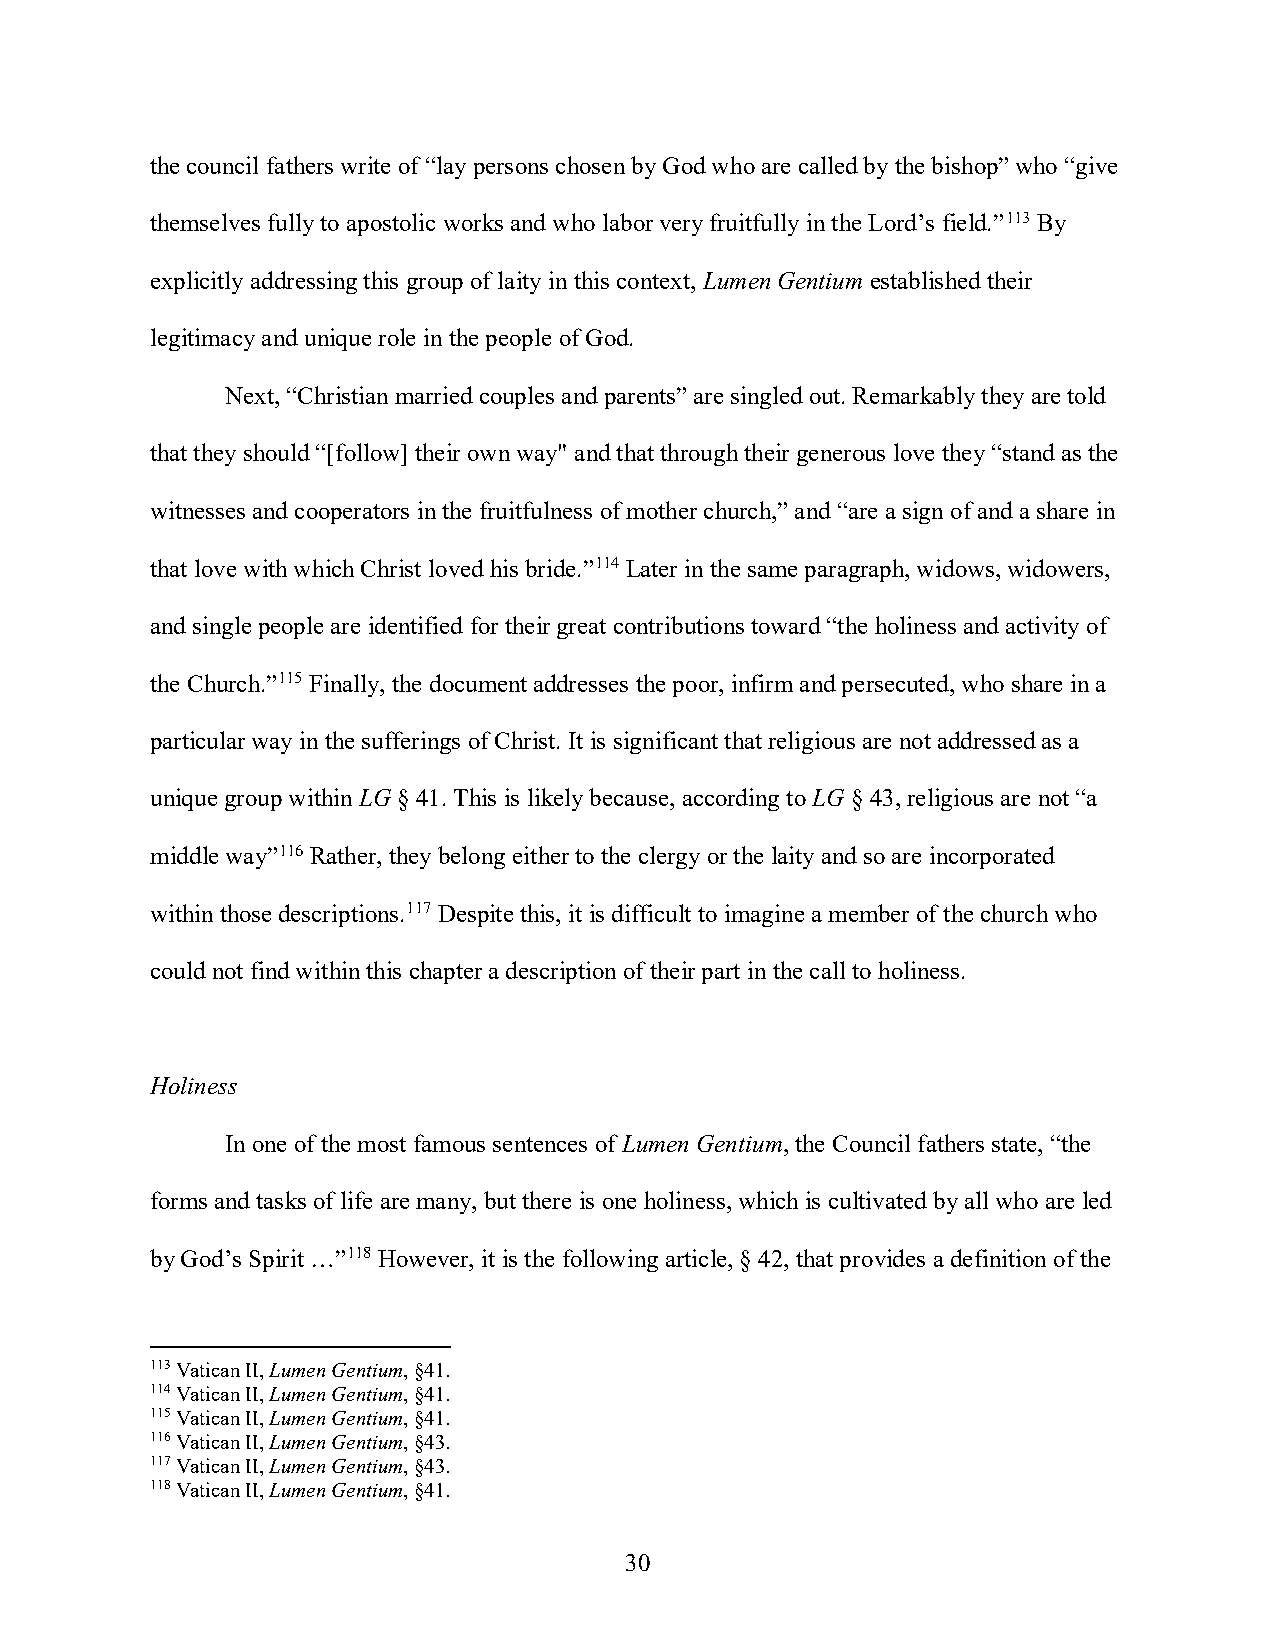
the council fathers write of “lay persons chosen by God who are called by the bishop” who “give
 themselves fully to apostolic works and who labor very fruitfully in the Lord’s field.”113 By
 explicitly addressing this group of laity in this context, Lumen Gentium established their
 legitimacy and unique role in the people of God.
 Next, “Christian married couples and parents” are singled out. Remarkably they are told
 that they should “[follow] their own way" and that through their generous love they “stand as the
 witnesses and cooperators in the fruitfulness of mother church,” and “are a sign of and a share in
 that love with which Christ loved his bride.”114 Later in the same paragraph, widows, widowers,
 and single people are identified for their great contributions toward “the holiness and activity of
 the Church.”115 Finally, the document addresses the poor, infirm and persecuted, who share in a
 particular way in the sufferings of Christ. It is significant that religious are not addressed as a
 unique group within LG § 41. This is likely because, according to LG § 43, religious are not “a
 middle way”116 Rather, they belong either to the clergy or the laity and so are incorporated
 within those descriptions.117 Despite this, it is difficult to imagine a member of the church who
 could not find within this chapter a description of their part in the call to holiness.
 Holiness
 In one of the most famous sentences of Lumen Gentium, the Council fathers state, “the
 forms and tasks of life are many, but there is one holiness, which is cultivated by all who are led
 by God’s Spirit …”118 However, it is the following article, § 42, that provides a definition of the
 113 Vatican II, Lumen Gentium, §41.
 114 Vatican II, Lumen Gentium, §41.
 115 Vatican II, Lumen Gentium, §41.
 116 Vatican II, Lumen Gentium, §43.
 117 Vatican II, Lumen Gentium, §43.
 118 Vatican II, Lumen Gentium, §41.
 30